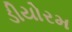
ડીયોરમ